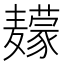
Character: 𱋮